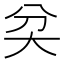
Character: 𡗯